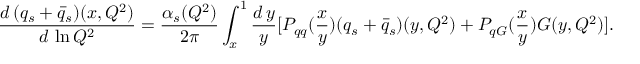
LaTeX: \frac { d \, ( q _ { s } + \bar { q } _ { s } ) ( x , Q ^ { 2 } ) } { d \, \ln Q ^ { 2 } } = \frac { \alpha _ { s } ( Q ^ { 2 } ) } { 2 \pi } \int _ { x } ^ { 1 } \frac { d \, y } { y } [ P _ { q q } ( \frac { x } { y } ) ( q _ { s } + \bar { q } _ { s } ) ( y , Q ^ { 2 } ) + P _ { q G } ( \frac { x } { y } ) G ( y , Q ^ { 2 } ) ] .